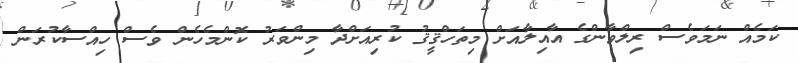
ކަމެއް ނަމަވެސް ރިލްވާންގެ އާއިލާއަށް މިތަހްޤީޤު ކުރިއަށްދާ މިންވަރު ކޮންމެހެން ވެސް ހިއްސާކުރަން